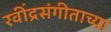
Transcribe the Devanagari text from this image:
रवींद्रसंगीताच्या